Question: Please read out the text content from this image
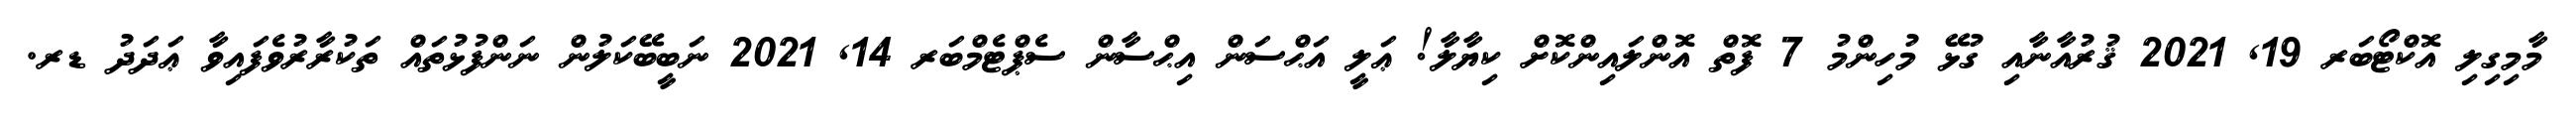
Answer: މާމިގިލި އޮކްޓޯބަރ 19, 2021 ޤުރުއާނާއި ގުޅޭ މުހިންމު 7 ފޮތް އޮންލައިންކޮށް ކިޔާލާ! ޢަލީ އަޙްސަން އިޙްސާން ސެޕްޓެމްބަރ 14, 2021 ނަބީބޭކަލުން ނަންފުޅުތައް ތަކުރާރުވެފައިވާ ޢަދަދު ޑރ.